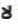
لا